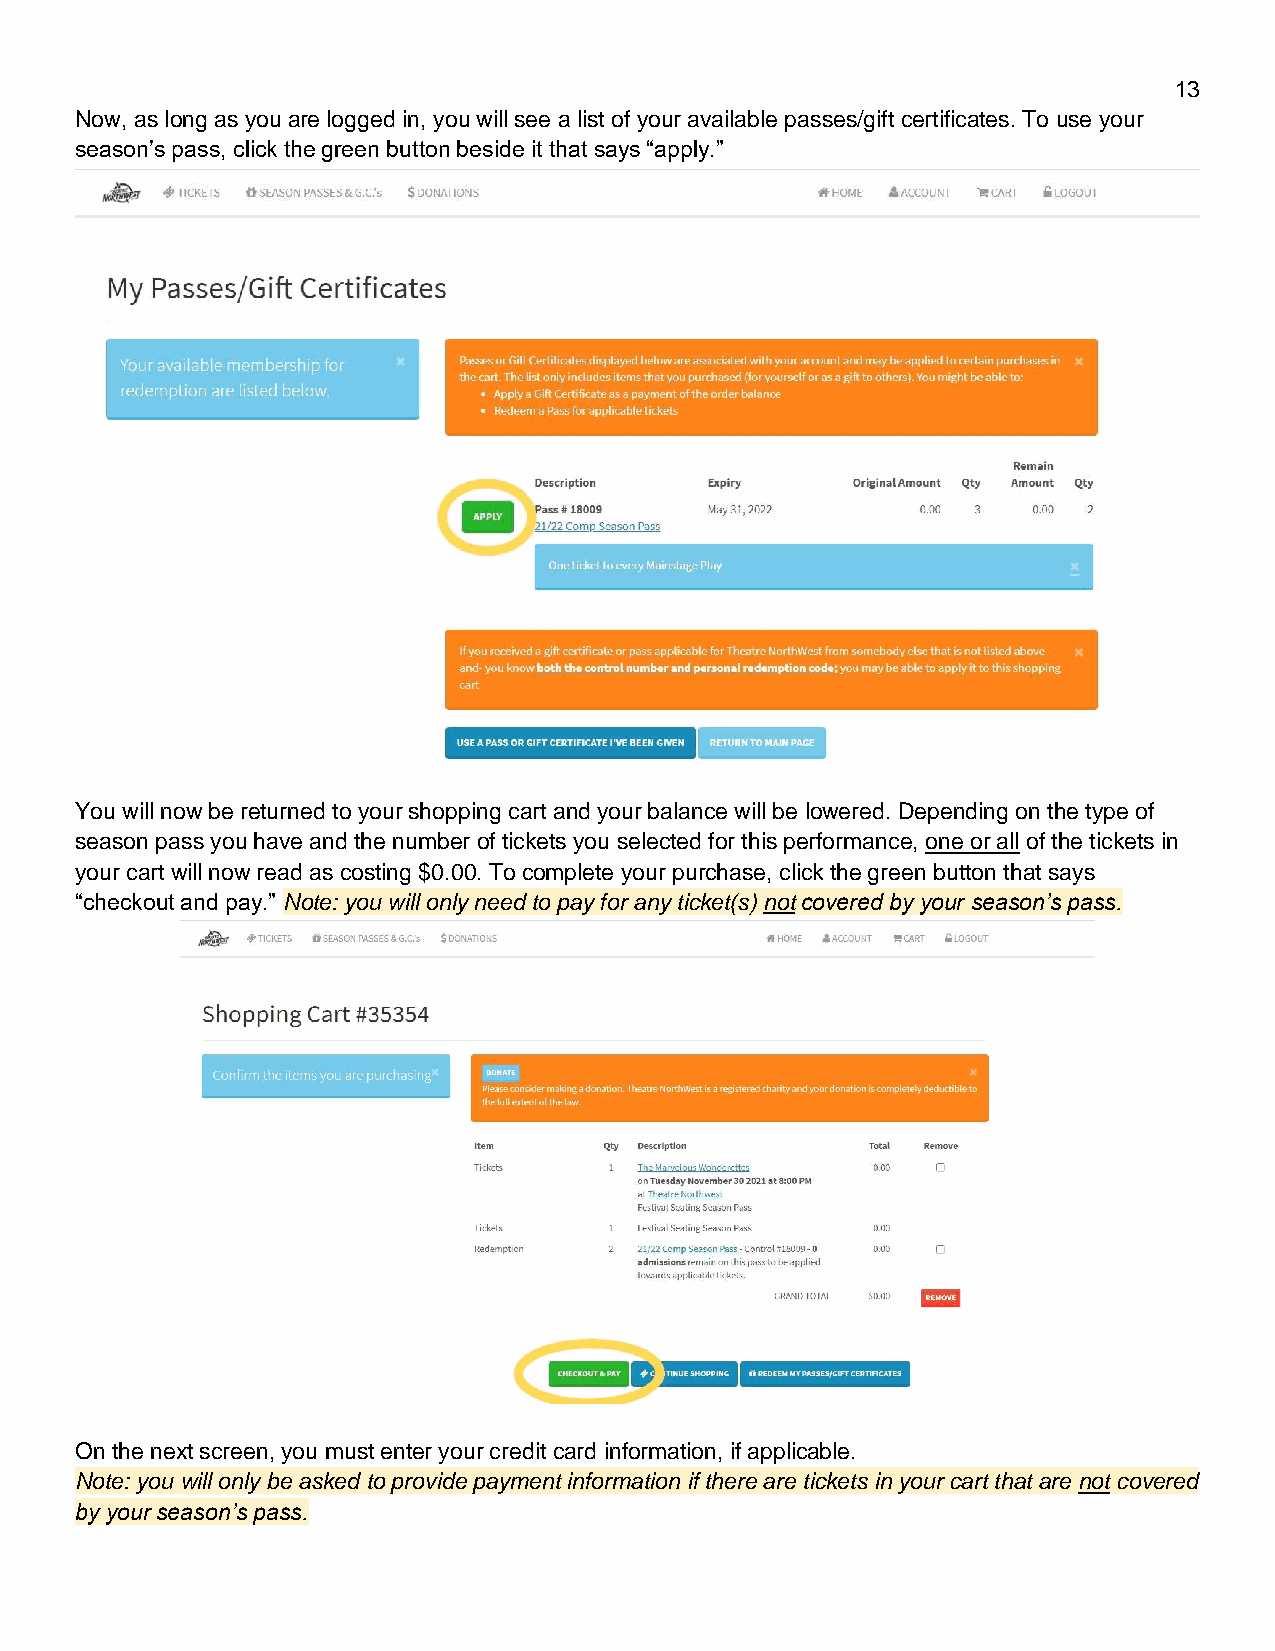
13
 Now, as long as you are logged in, you will see a list of your available passes/gift certificates. To use your
 season’s pass, click the green button beside it that says “apply.”
 You will now be returned to your shopping cart and your balance will be lowered. Depending on the type of
 season pass you have and the number of tickets you selected for this performance, one or all of the tickets in
 your cart will now read as costing $0.00. To complete your purchase, click the green button that says
 “checkout and pay.” Note: you will only need to pay for any ticket(s) not covered by your season’s pass.
 On the next screen, you must enter your credit card information, if applicable.
 Note: you will only be asked to provide payment information if there are tickets in your cart that are not covered
 by your season’s pass.